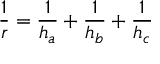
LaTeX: { \frac { 1 } { r } } = { \frac { 1 } { h _ { a } } } + { \frac { 1 } { h _ { b } } } + { \frac { 1 } { h _ { c } } }